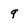
Character: g